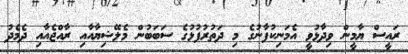
ރައީސް ޔާމީން ވިދާޅުވީ އެމަނިކުފާނުގެ މި ދަތުރުފުޅުގެ ސަބަބުން މެލޭޝިޔާއާއި ރާއްޖެއާއި ދެމެދު